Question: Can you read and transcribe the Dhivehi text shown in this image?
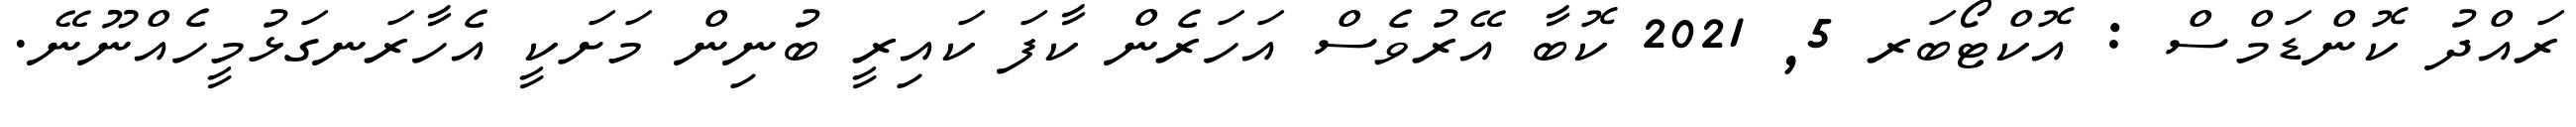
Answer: ރައްދު ކޮންޑަމްސް : އޮކްޓޯބަރ 5, 2021 ކޮބާ އޭރުވެސް އަހަރެން ކާފަ ކައިރީ ބުނިން މަށަކީ އެހާރަނގަޅުމީހެއްނޫނޭ.